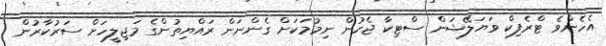
އެހެންވެ ޓްރެފިކް ވަޔަލޭޝަން ސްޓިކާ ޖެހުން ނިމުމަކަށް ގެންނަން ރައްޔިތުންގެ މަޖިލީހަށް ސަރުކާރުން